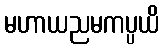
မဟာယညမကပ္ပယိ